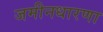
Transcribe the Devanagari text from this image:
जमीनधारणा